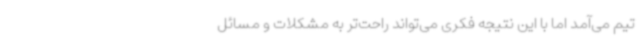
تیم می‌آمد اما با این نتیجه فکری می‌تواند راحت‌تر به مشکلات و مسائل